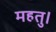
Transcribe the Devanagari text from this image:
महतु।